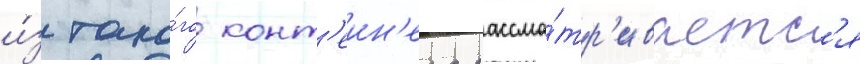
и́з тако́го конт'еин'ера рассма́тр'иваетс'я